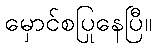
မှောင်စပြုနေပြီ။